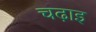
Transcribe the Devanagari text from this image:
चढ़ाइ